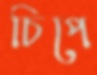
চিপে